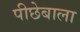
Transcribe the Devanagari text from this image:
पीछेबाला